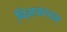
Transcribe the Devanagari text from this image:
बि़ज़जरनल